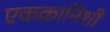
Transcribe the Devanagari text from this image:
एककानिशी